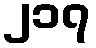
၂၁၇